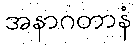
အနာဂတာနံ